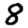
Digit: 8